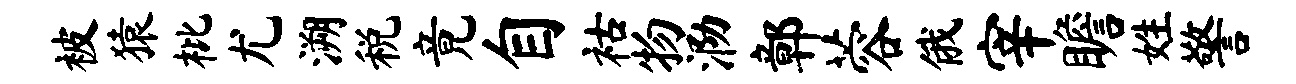
被猿枇尤溯税竟自祜物泐鄣蓉俄宰瞻姓警